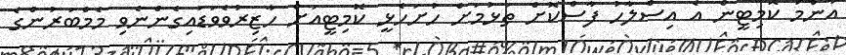
އާންމު ކޮމިޓީން އެ އިސްލާހު ފާސްކޮށް ތަޅުމަށް ހުށަހެޅީ ކޮމިޓީއަށް ހާޒިރުވެވަޑައިގެންނެވި މެމްބަރުންގެ